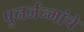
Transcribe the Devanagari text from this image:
पुनर्जन्मांचे